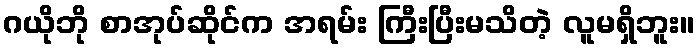
ဂယိုဘို စာအုပ်ဆိုင်က အရမ်း ကြီးပြီးမသိတဲ့ လူမရှိဘူး။